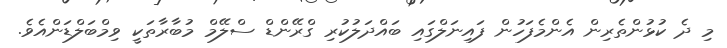
މި ދެ ކުޅުންތެރިން އެންމެފަހުން ފައިނަލްގައި ބައްދަލުކުރި ގްރޭންޑް ސްލޭމް މުބާރާތަކީ ވިމްބަލްޑަންއެވެ.